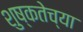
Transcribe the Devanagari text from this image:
शुष्कतेच्या